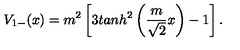
V _ { 1 - } ( x ) = m ^ { 2 } \left[ 3 t a n h ^ { 2 } \left( \frac { m } { \sqrt { 2 } } x \right) - 1 \right] .